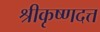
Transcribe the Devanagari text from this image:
श्रीकृष्णदत्त